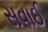
સવાઈ